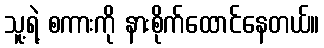
သူ့ရဲ့ စကားကို နားစိုက်ထောင်နေတယ်။